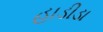
હાડીડા